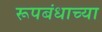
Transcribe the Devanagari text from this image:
रूपबंधाच्या